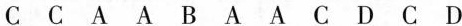
C C A A B A A C D C D